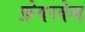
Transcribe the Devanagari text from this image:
फ़ेयरवेल